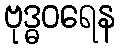
ဗုဒ္ဓဝရေန